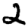
Digit: 2